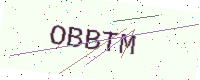
Text: OBBTM